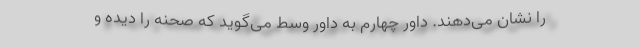
را نشان می‌دهند. داور چهارم به داور وسط می‌گوید که صحنه را دیده و